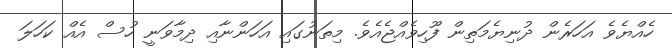
ހެއްޔެވެ އަހަރެން ދުނިޔެމަތިން ފޫހިވެއްޖެއެވެ. މިތަނުގައި އަހަންނާއި ދިމާވަނީ ހުސް އެއް ކަހަލަ